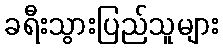
ခရီးသွားပြည်သူများ